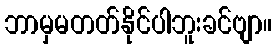
ဘာမှမတတ်နိုင်ပါဘူးခင်ဗျာ။